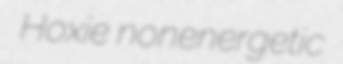
Hoxie nonenergetic